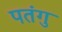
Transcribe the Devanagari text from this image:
पतंगु